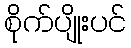
စိုက်ပျိုးပင်